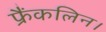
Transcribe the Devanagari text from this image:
फ्रैंकलिन।